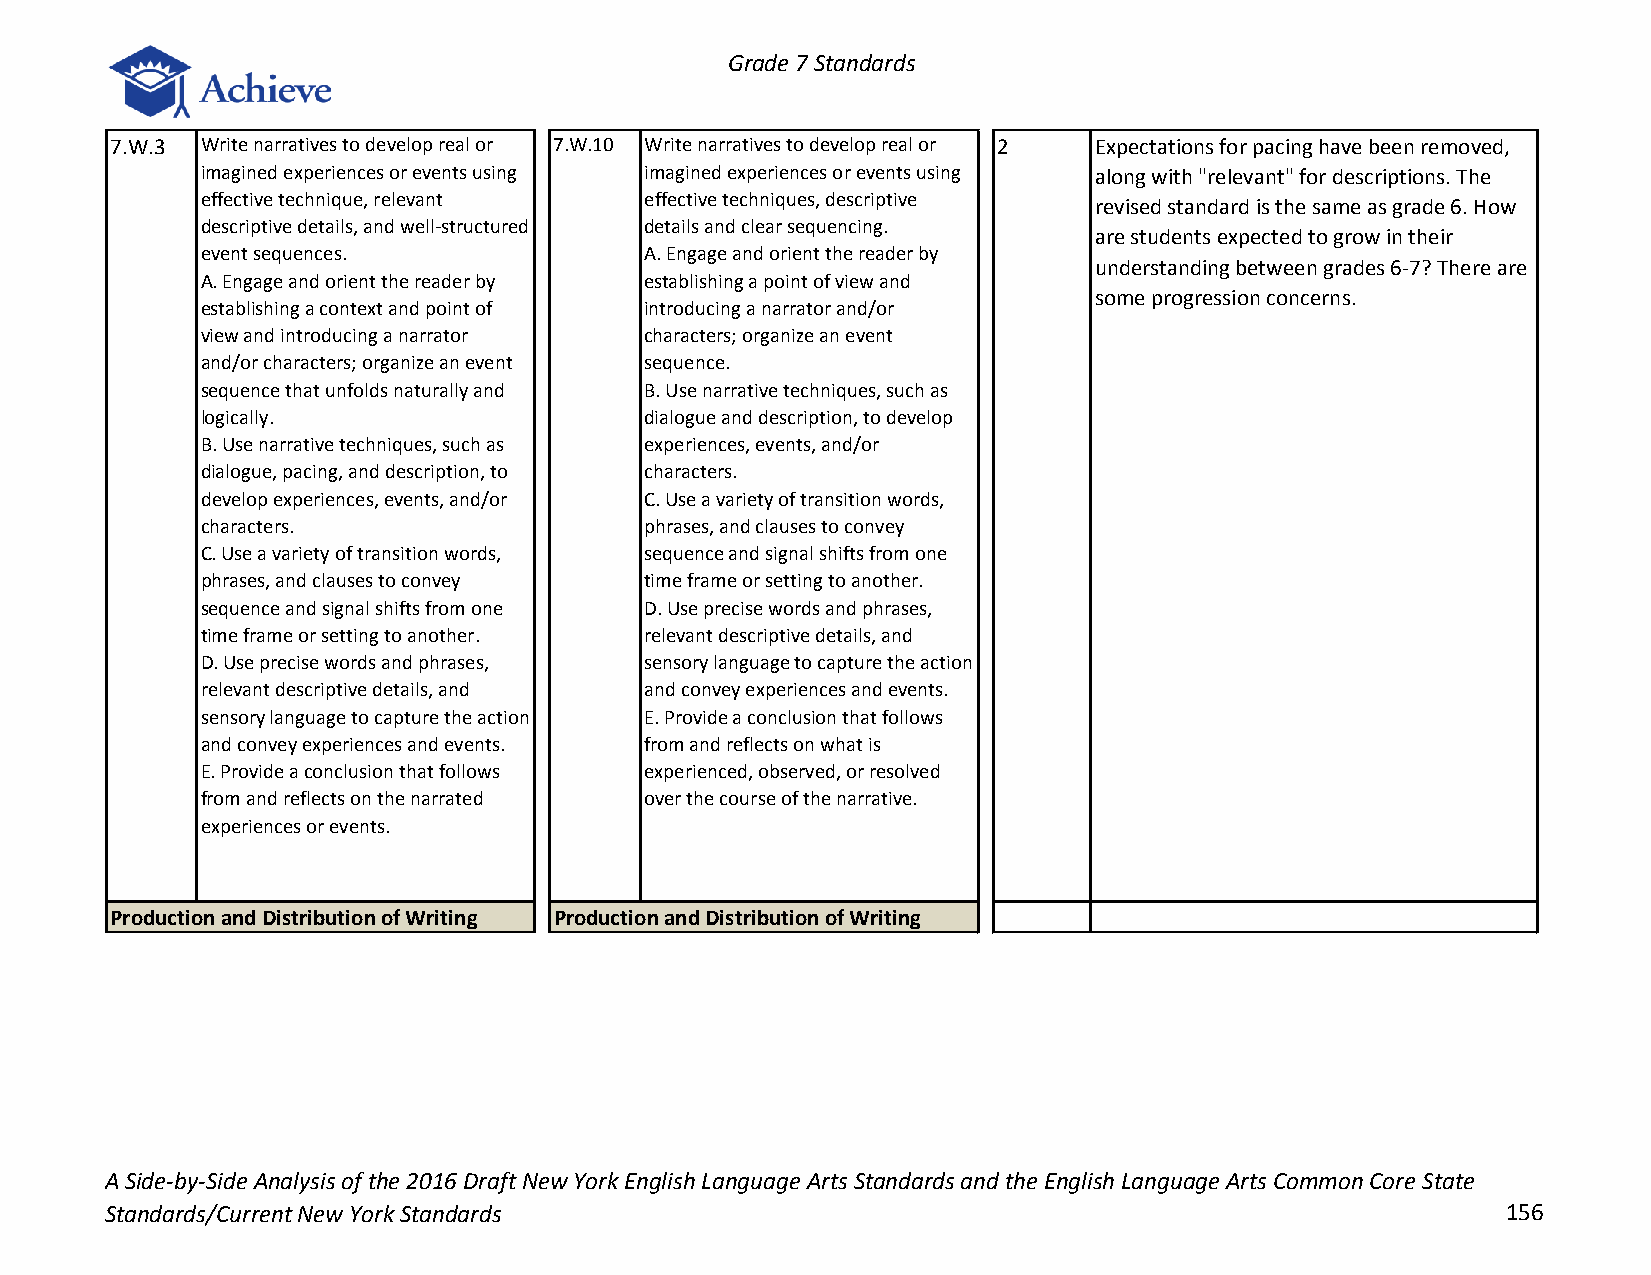
Grade 7 Standards
 7.W.3 Write narratives to develop real or 7.W.10 Write narratives to develop real or 2 Expectations for pacing have been removed,
 imagined experiences or events using imagined experiences or events using along with "relevant" for descriptions. The
 effective technique, relevant effective techniques, descriptive
 revised standard is the same as grade 6. How
 descriptive details, and well-structured details and clear sequencing.
 are students expected to grow in their
 event sequences.              A. Engage and orient the reader by
 understanding between grades 6-7? There are
 A. Engage and orient the reader by establishing a point of view and
 some progression concerns.
 establishing a context and point of introducing a narrator and/or
 view and introducing a narrator characters; organize an event
 and/or characters; organize an event sequence.
 sequence that unfolds naturally and B. Use narrative techniques, such as
 logically.                    dialogue and description, to develop
 B. Use narrative techniques, such as experiences, events, and/or
 dialogue, pacing, and description, to characters.
 develop experiences, events, and/or C. Use a variety of transition words,
 characters.                   phrases, and clauses to convey
 C. Use a variety of transition words, sequence and signal shifts from one
 phrases, and clauses to convey time frame or setting to another.
 sequence and signal shifts from one D. Use precise words and phrases,
 time frame or setting to another. relevant descriptive details, and
 D. Use precise words and phrases, sensory language to capture the action
 relevant descriptive details, and and convey experiences and events.
 sensory language to capture the action E. Provide a conclusion that follows
 and convey experiences and events. from and reflects on what is
 E. Provide a conclusion that follows experienced, observed, or resolved
 from and reflects on the narrated over the course of the narrative.
 experiences or events.
 Production and Distribution of Writing Production and Distribution of Writing
 A Side-by-Side Analysis of the 2016 Draft New York English Language Arts Standards and the English Language Arts Common Core State
 Standards/Current New York Standards                                                         156